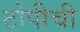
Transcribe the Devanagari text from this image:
टोपीची